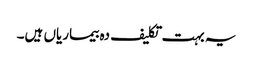
یہ بہت تکلیف دہ بیماریاں ہیں۔